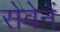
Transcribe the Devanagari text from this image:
सेवेनें